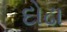
દોઢા